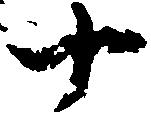
十